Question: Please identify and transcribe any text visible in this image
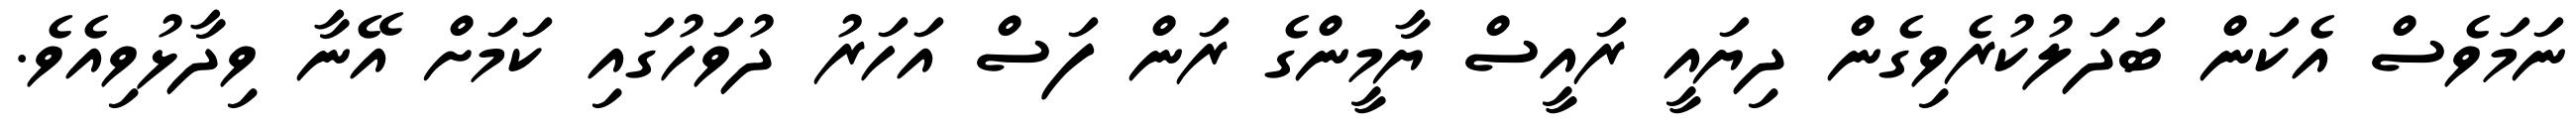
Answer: ނަމަވެސް އެކަން ބަދަލުކުރެވިގެން ދިޔައީ ރައީސް ޔާމީންގެ ރަން ފަސް އަހަރު ދުވަހުގައި ކަމަށް އޭނާ ވިދާޅުވިއެވެ.